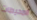
المحيطات